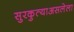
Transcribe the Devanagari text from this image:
सुरकुत्याअसलेला